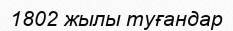
1802 жылы туғандар